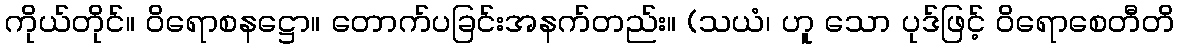
ကိုယ်တိုင်။ ဝိရောစနဋ္ဌော။ တောက်ပခြင်းအနက်တည်း။ (သယံ၊ ဟူ သော ပုဒ်ဖြင့် ဝိရောစေတီတိ